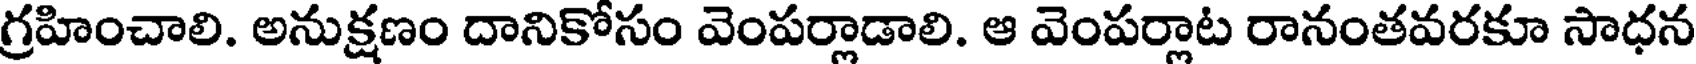
గ్రహించాలి. అనుక్షణం దానికోసం వెంపర్లాడాలి. ఆ వెంపర్లాట రానంతవరకూ సాధన